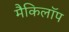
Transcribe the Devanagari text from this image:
मैकिलॉप